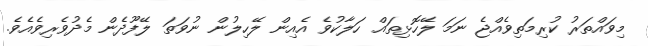
މިވައްތަރު ކުރިމަތިވެއްޖެ ނަމަ ލޭހޮޅިތައް ހަލާކުވެ އެއިން ލޭހިލުން ނުވަތަ ލޭފޫދެން މެދުވެރިވެއެވެ.